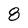
Character: 8